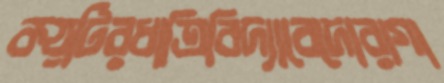
কয়টিরধাত্রিবিদ্যাবেদোরাগা